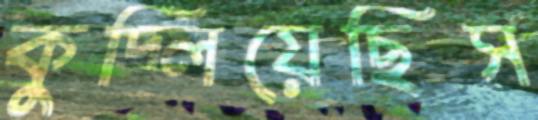
কুদ্‌লিয়েছিস